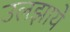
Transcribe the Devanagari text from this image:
उलझाये